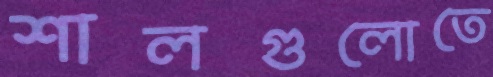
শালগুলোতে